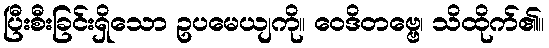
ပြီးစီးခြင်းရှိသော ဥပမေယျကို။ ဝေဒိတဗ္ဗေ၊ သိထိုက်၏။